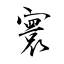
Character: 寰